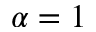
\alpha = 1